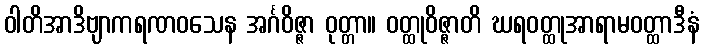
ဝါတိအာဒိဗျာကရဏဝသေန အင်္ဂဝိဇ္ဇာ ဝုတ္တာ။ ဝတ္ထုဝိဇ္ဇာတိ ဃရဝတ္ထုအာရာမဝတ္ထာဒီနံ